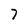
Character: 7